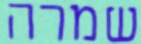
שמרה